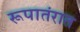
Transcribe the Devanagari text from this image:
रूपातंरात